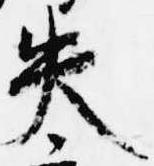
失